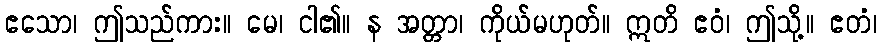
ဧသော၊ ဤသည်ကား။ မေ၊ ငါ၏။ န အတ္တာ၊ ကိုယ်မဟုတ်။ ဣတိ ဧဝံ၊ ဤသို့။ ဧတံ၊